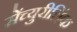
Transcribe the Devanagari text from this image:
सेंच्युरीलिंक